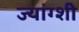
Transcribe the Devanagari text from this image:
ज्यांग्शी